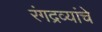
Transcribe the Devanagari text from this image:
रंगद्रव्यांचे